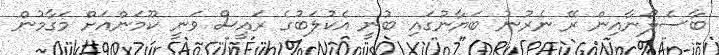
ބާސެލޯނާއިން ރޭ ނެރުނު ބަޔާނުގައި ބުނީ އެކުލަބުގެ ރައީސް ވަނީ ކޫމަންއަށް މަގާމުން